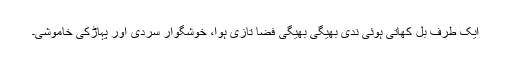
ایک طرف بل کھاتی ہوئی ندی بھیگی بھیگی فضا تازی ہوا، خوشگوار سردی اور پہاڑکی خاموشی۔